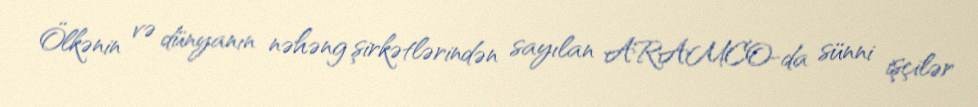
Ölkənin və dünyanın nəhəng şirkətlərindən sayılan ARAMCO-da sünni işçilər